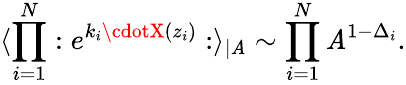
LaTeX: \langle\prod_{i=1}^{N}:e^{k_{i}\cdotX(z_{i})}:\rangle_{\mid\mathit{A}}\sim\prod_{i=1}^{N}\mathit{A}^{1-\Delta_{i}}.